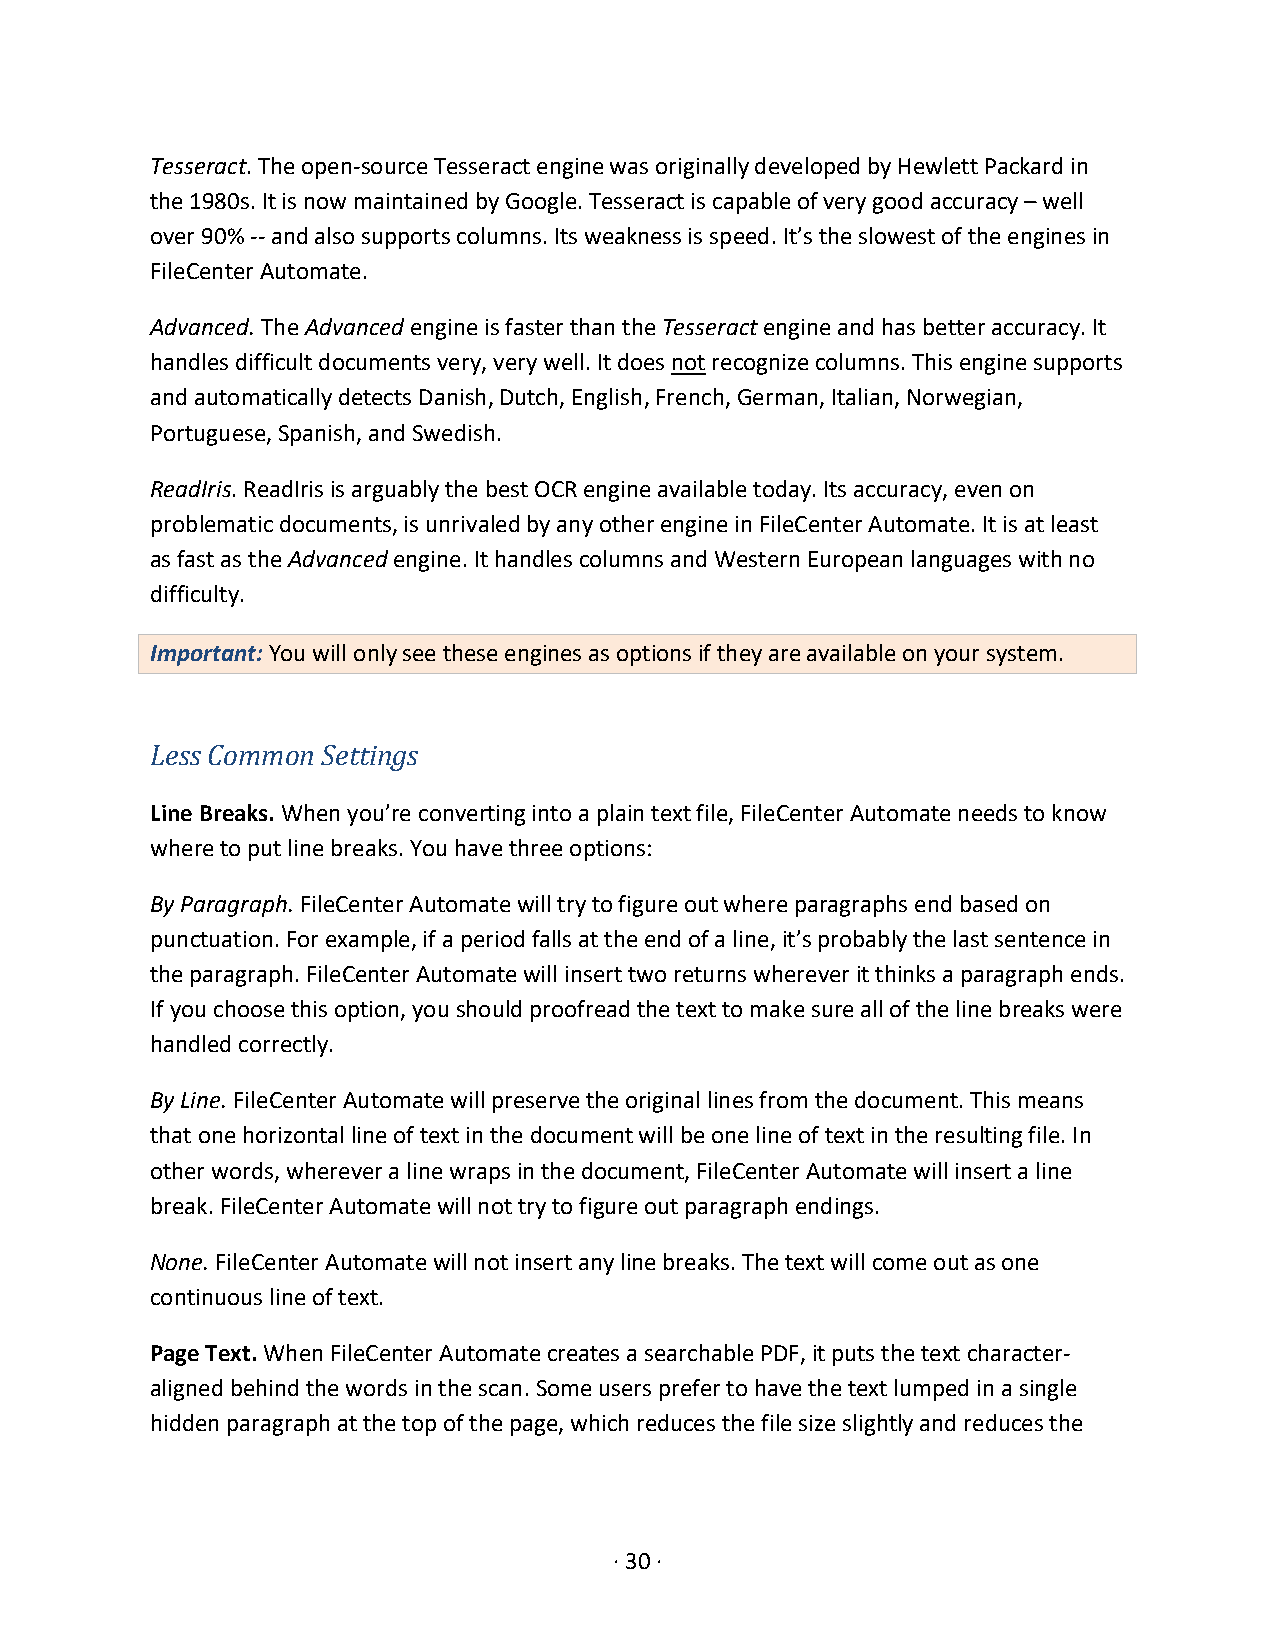
Tesseract. The open-source Tesseract engine was originally developed by Hewlett Packard in
 the 1980s. It is now maintained by Google. Tesseract is capable of very good accuracy – well
 over 90% -- and also supports columns. Its weakness is speed. It’s the slowest of the engines in
 FileCenter Automate.
 Advanced. The Advanced engine is faster than the Tesseract engine and has better accuracy. It
 handles difficult documents very, very well. It does not recognize columns. This engine supports
 and automatically detects Danish, Dutch, English, French, German, Italian, Norwegian,
 Portuguese, Spanish, and Swedish.
 ReadIris. ReadIris is arguably the best OCR engine available today. Its accuracy, even on
 problematic documents, is unrivaled by any other engine in FileCenter Automate. It is at least
 as fast as the Advanced engine. It handles columns and Western European languages with no
 difficulty.
 Important: You will only see these engines as options if they are available on your system.
 Less Common Settings
 Line Breaks. When you’re converting into a plain text file, FileCenter Automate needs to know
 where to put line breaks. You have three options:
 By Paragraph. FileCenter Automate will try to figure out where paragraphs end based on
 punctuation. For example, if a period falls at the end of a line, it’s probably the last sentence in
 the paragraph. FileCenter Automate will insert two returns wherever it thinks a paragraph ends.
 If you choose this option, you should proofread the text to make sure all of the line breaks were
 handled correctly.
 By Line. FileCenter Automate will preserve the original lines from the document. This means
 that one horizontal line of text in the document will be one line of text in the resulting file. In
 other words, wherever a line wraps in the document, FileCenter Automate will insert a line
 break. FileCenter Automate will not try to figure out paragraph endings.
 None. FileCenter Automate will not insert any line breaks. The text will come out as one
 continuous line of text.
 Page Text. When FileCenter Automate creates a searchable PDF, it puts the text character-
 aligned behind the words in the scan. Some users prefer to have the text lumped in a single
 hidden paragraph at the top of the page, which reduces the file size slightly and reduces the
 · 30 ·